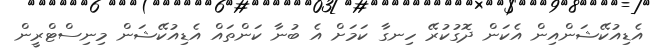
އެޑިއުކޭޝަންއިން އެކަން ދޮގުކުރޭ ހިނގާ ކަމަށް އެ ބުނާ ކަންތައް އެޑިއުކޭޝަން މިނިސްޓްރީން